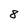
Character: 8